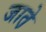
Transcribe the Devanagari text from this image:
जात़े